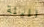
الليلة